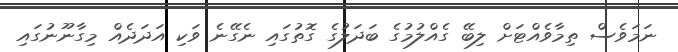
ނަމަވެސް ތިމާވެއްޓަށް ލިބޭ ގެއްލުމުގެ ބަދަލުގެ ގޮތުގައި ނެގޭނެ ވަކި އަދަދެއް މިގާނޫނުގައި